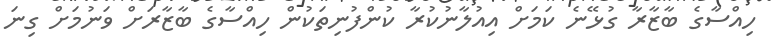
ހިއްސާގެ ބާޒާރާ ގުޅޭނެ ކަމަށް އިއުލާނުކުރާ ކުންފުނިތަކުން ހިއްސާގެ ބާޒާރަށް ވަނުމަށް ގިނަ